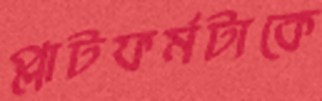
প্লাটফর্মটাকে